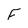
Character: F